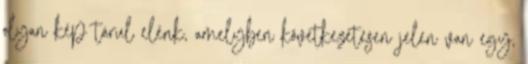
olyan kép tárul elénk, amelyben következetesen jelen van egy,